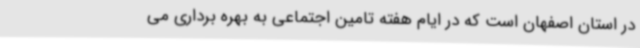
در استان اصفهان است که در ایام هفته تامین اجتماعی به بهره برداری می